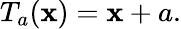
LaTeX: T_{a}(\mathbf{x})=\mathbf{x}+a.